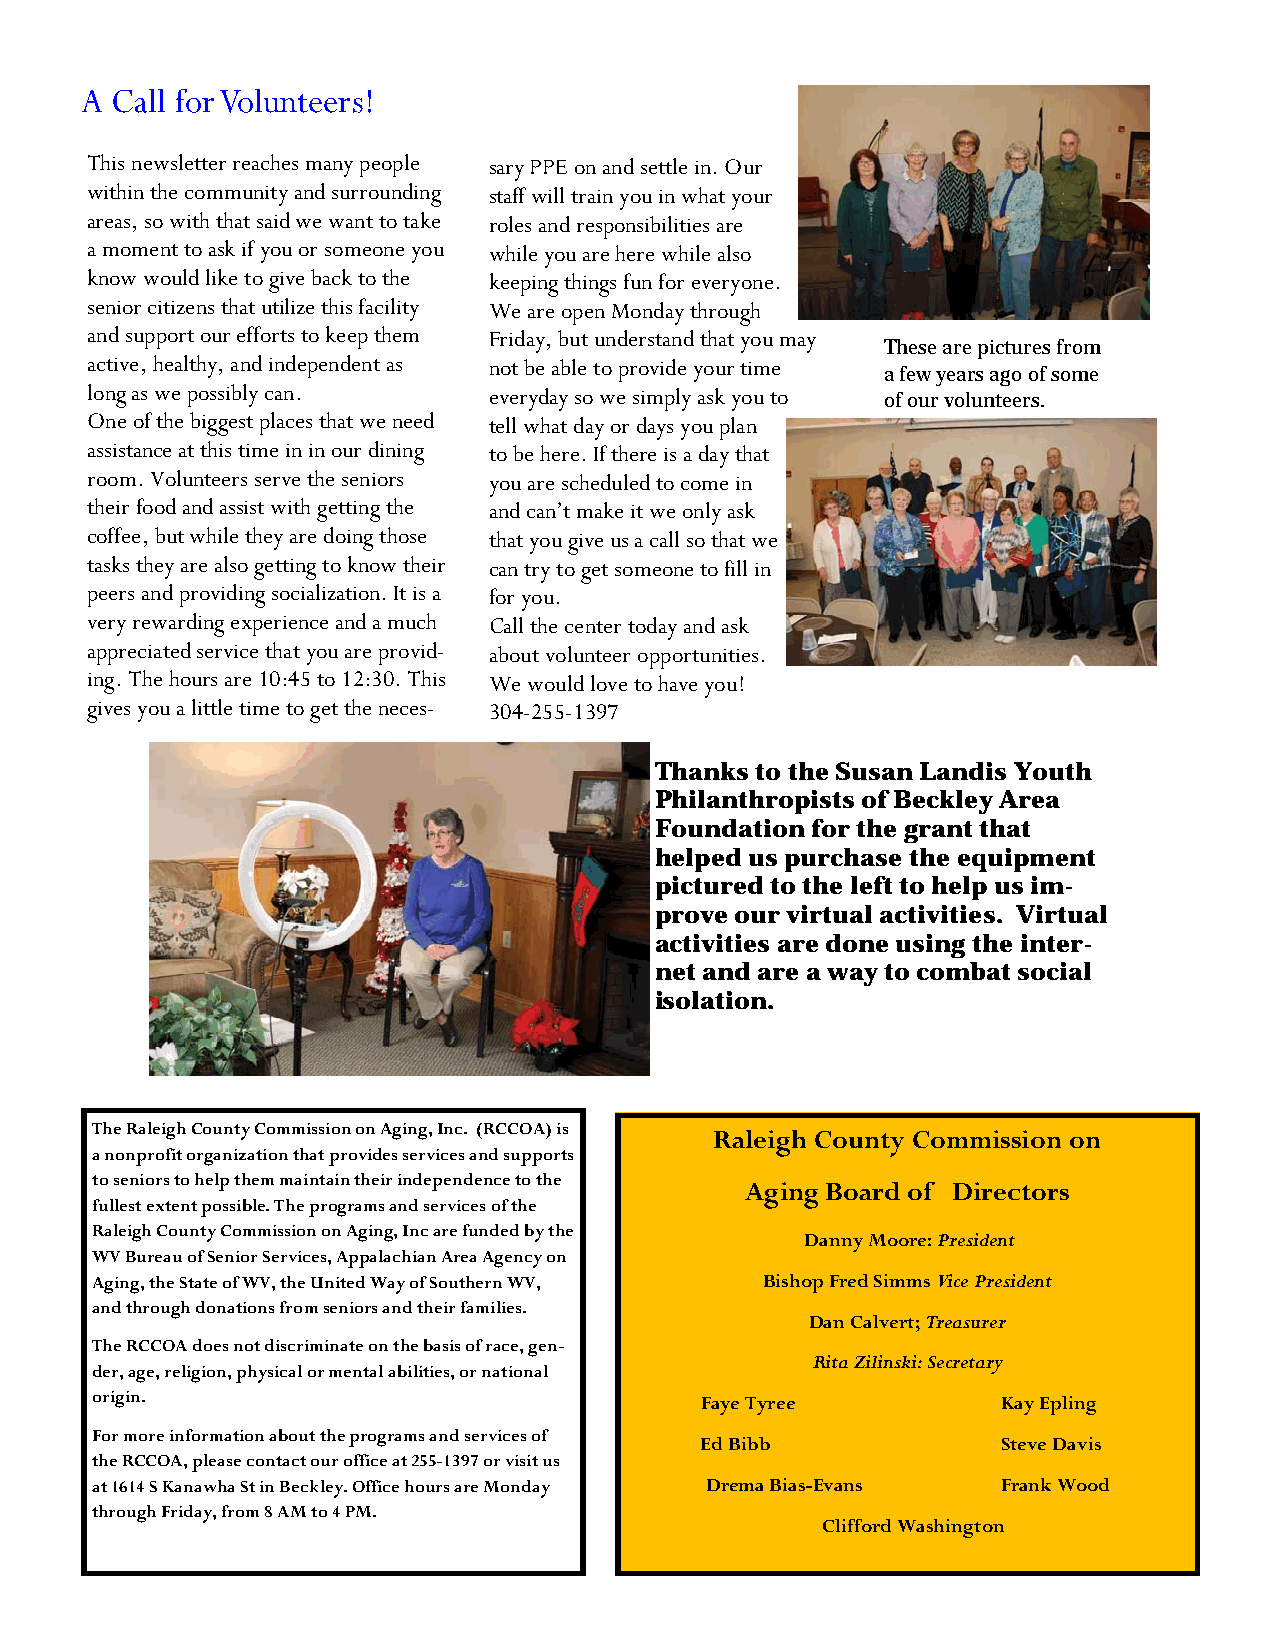
A Call for Volunteers!
 This newsletter reaches many people sary PPE on and settle in. Our
 within the community and surrounding staff will train you in what your
 areas, so with that said we want to take roles and responsibilities are
 a moment to ask if you or someone you while you are here while also
 know would like to give back to the keeping things fun for everyone.
 senior citizens that utilize this facility We are open Monday through
 and support our efforts to keep them Friday, but understand that you may
 These are pictures from
 active, healthy, and independent as not be able to provide your time a few years ago of some
 long as we possibly can.  everyday so we simply ask you to of our volunteers.
 One of the biggest places that we need tell what day or days you plan
 assistance at this time in in our dining to be here. If there is a day that
 room. Volunteers serve the seniors you are scheduled to come in
 their food and assist with getting the and can’t make it we only ask
 coffee, but while they are doing those that you give us a call so that we
 tasks they are also getting to know their can try to get someone to fill in
 peers and providing socialization. It is a for you.
 very rewarding experience and a much Call the center today and ask
 appreciated service that you are provid- about volunteer opportunities.
 ing. The hours are 10:45 to 12:30. This We would love to have you!
 gives you a little time to get the neces- 304-255-1397
 Thanks to the Susan Landis Youth
 Philanthropists of Beckley Area
 Foundation for the grant that
 helped us purchase the equipment
 pictured to the left to help us im-
 prove our virtual activities. Virtual
 activities are done using the inter-
 net and are a way to combat social
 isolation.
 The Raleigh County Commission on Aging, Inc. (RCCOA) is
 Raleigh County Commission on
 a nonprofit organization that provides services and supports
 to seniors to help them maintain their independence to the
 Aging Board of Directors
 fullest extent possible. The programs and services of the
 Raleigh County Commission on Aging, Inc are funded by the
 Danny Moore: President
 WV Bureau of Senior Services, Appalachian Area Agency on
 Aging, the State of WV, the United Way of Southern WV, Bishop Fred Simms Vice President
 and through donations from seniors and their families.
 Dan Calvert; Treasurer
 The RCCOA does not discriminate on the basis of race, gen-
 Rita Zilinski: Secretary
 der, age, religion, physical or mental abilities, or national
 origin.                                 Faye Tyree          Kay Epling
 For more information about the programs and services of
 Ed Bibb             Steve Davis
 the RCCOA, please contact our office at 255-1397 or visit us
 at 1614 S Kanawha St in Beckley. Office hours are Monday Drema Bias-Evans Frank Wood
 through Friday, from 8 AM to 4 PM.
 Clifford Washington